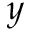
y